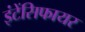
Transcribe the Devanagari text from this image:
इंटेंसिफायर